65_HS1-834228961_62-HQ-83894_Serial_164
Agency: FBI
Page 89
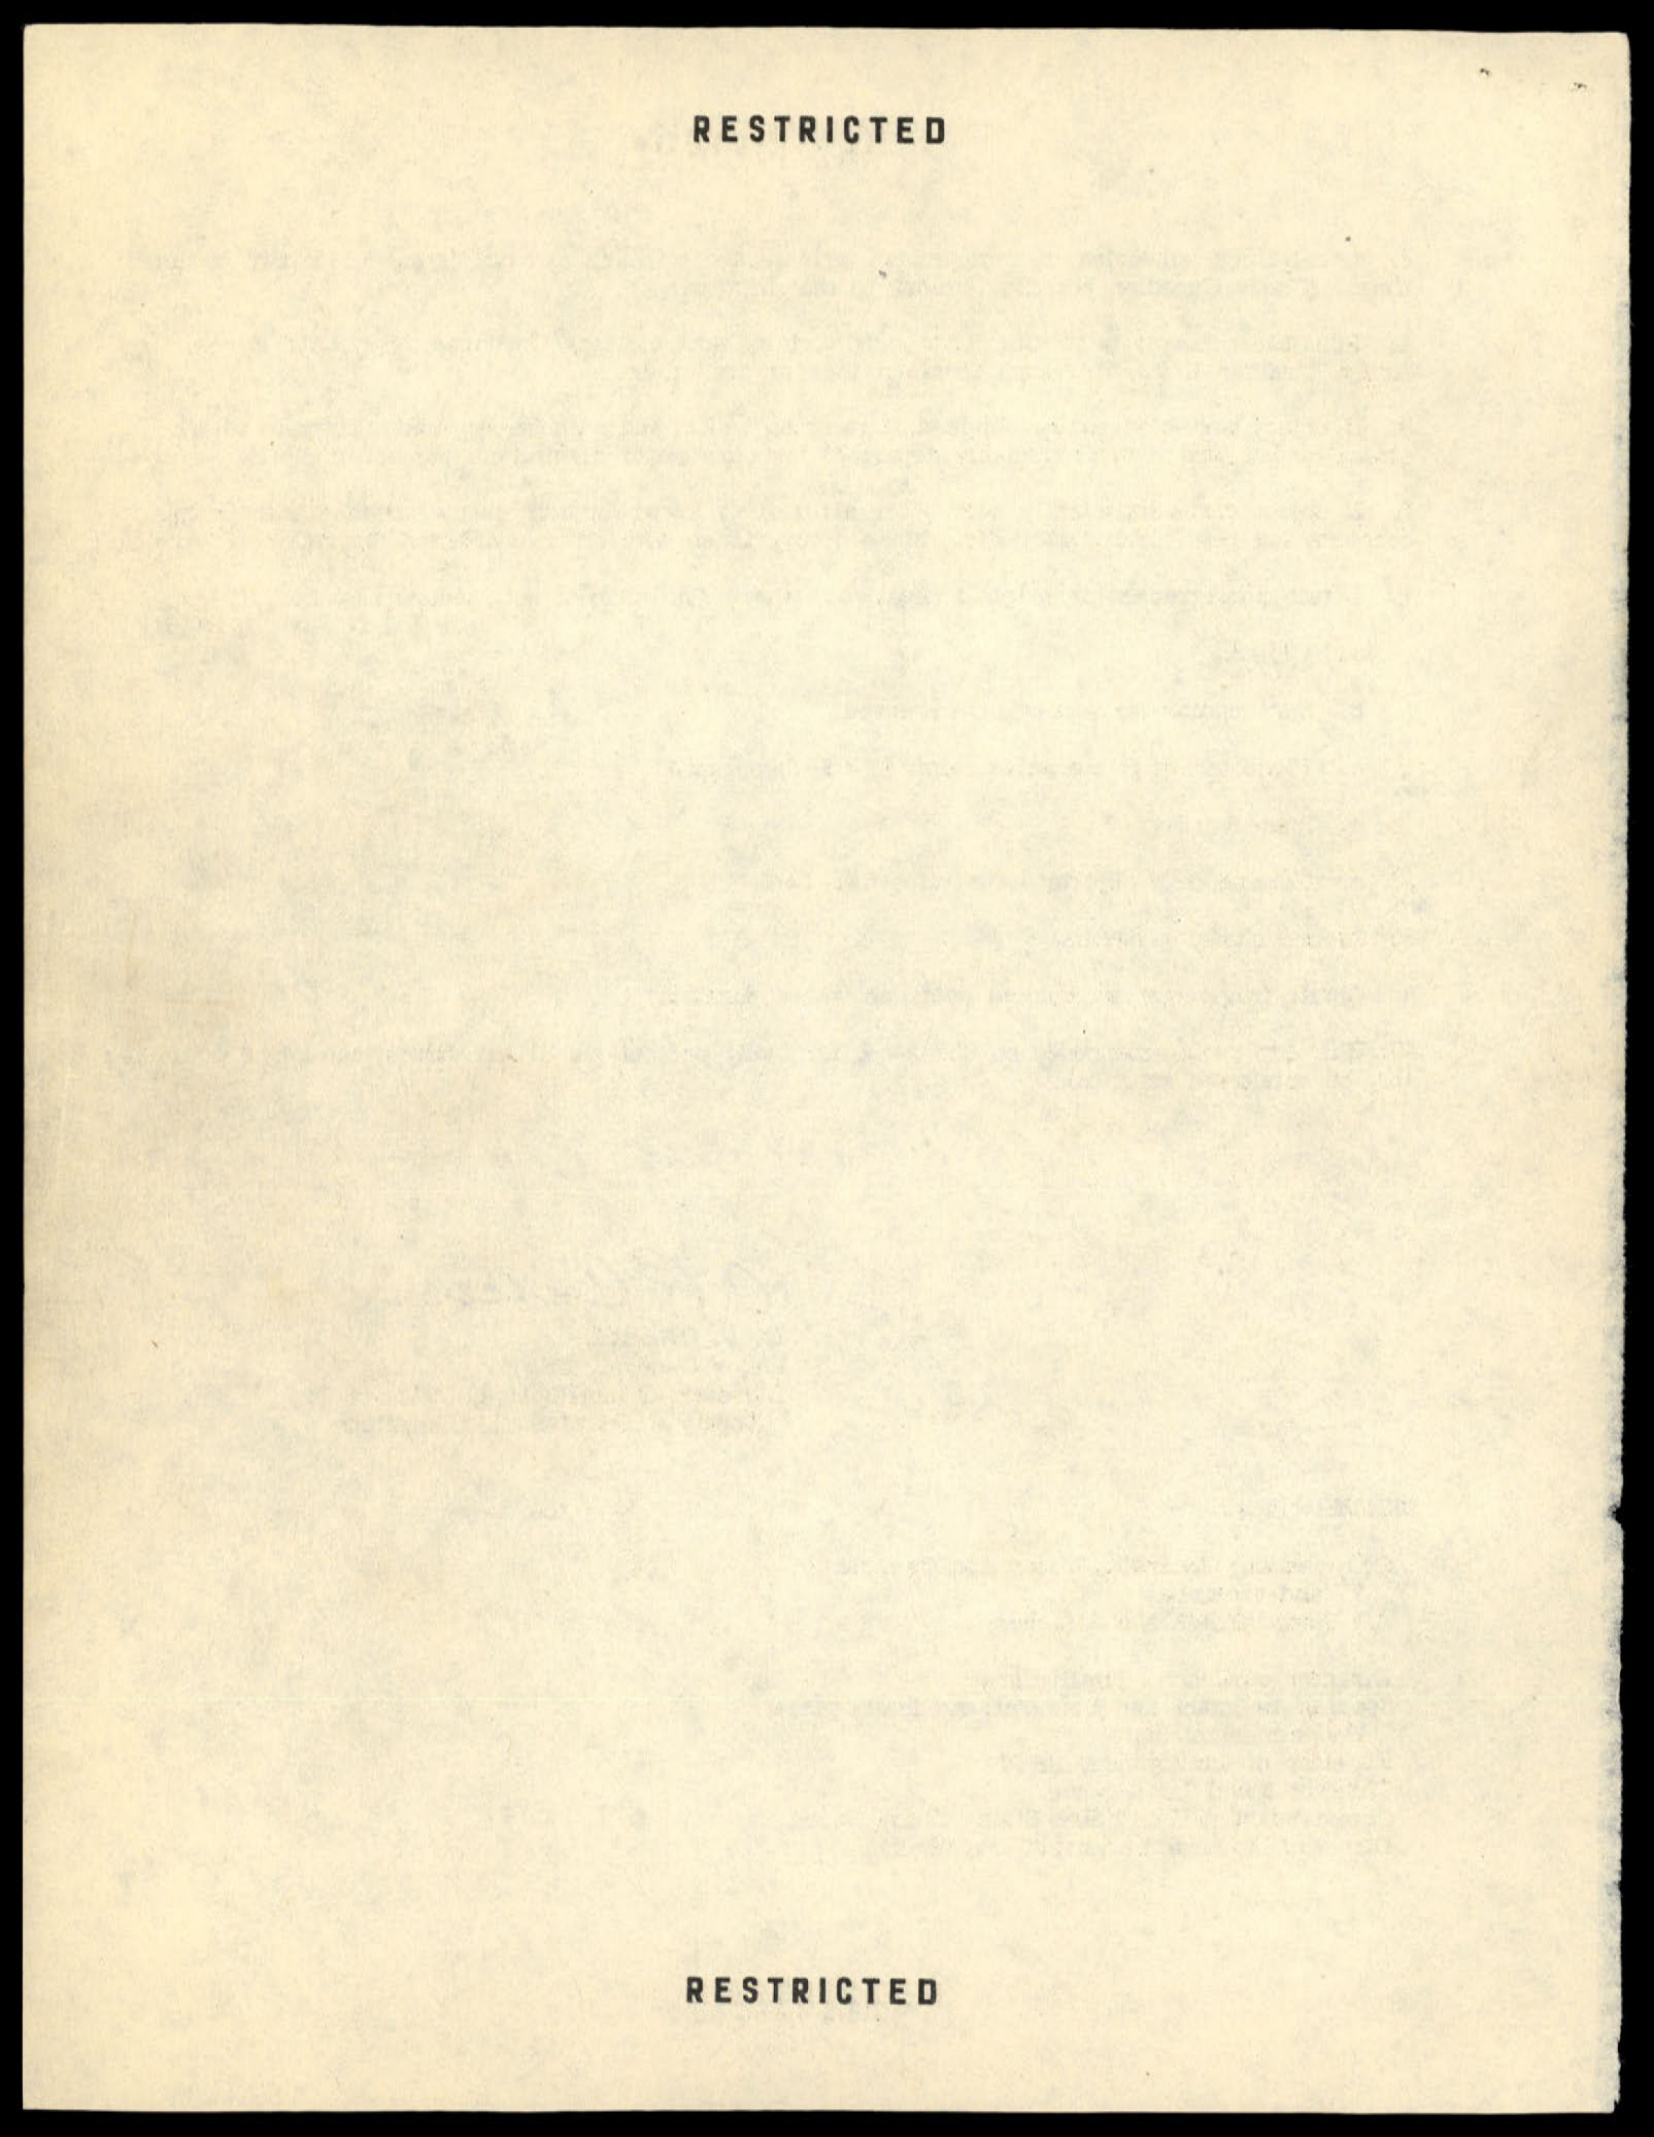